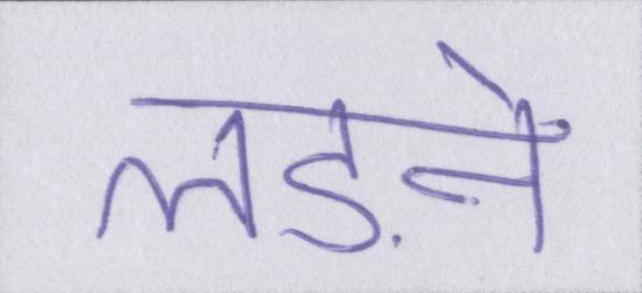
लड़ने